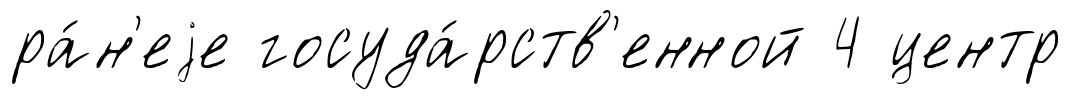
ра́н'еjе госуда́рств'енной 4 центр